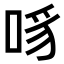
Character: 𪡊